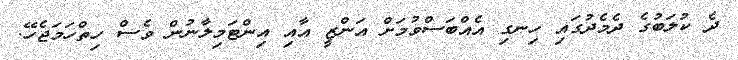
ދެ ކުލަބުގެ ދެމެދުގައި ހިނގި އެއްބަސްވުމަށް އަންޒީ އާއި އިންޓަމިލާނުން ވެސް ހިތްހަމަޖެހޭ.